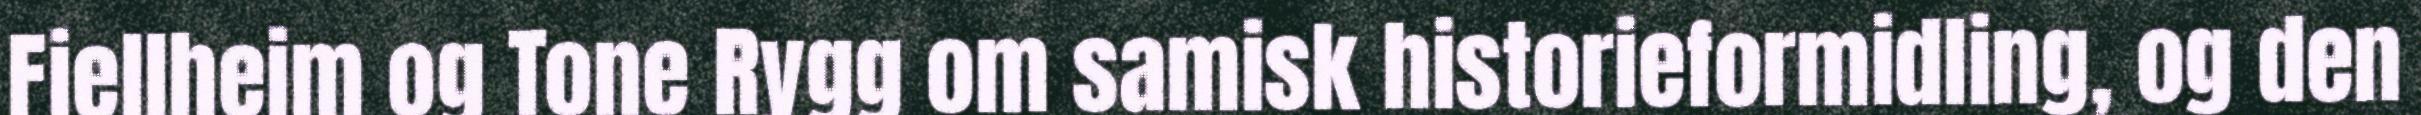
Fjellheim og Tone Rygg om samisk historieformidling, og den